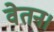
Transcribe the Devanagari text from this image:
वेतन।